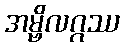
အမ္ဗိလဂ္ဂဿ